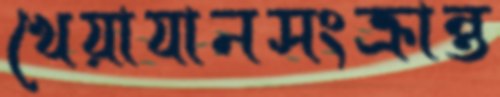
খেয়াযানসংক্রান্ত